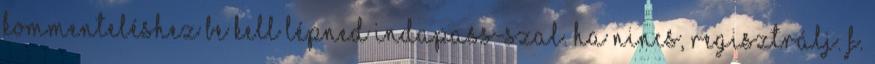
kommenteléshez be kell lépned Indapass-szal. Ha nincs, regisztrálj. F.